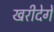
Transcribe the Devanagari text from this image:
खरीदेगें